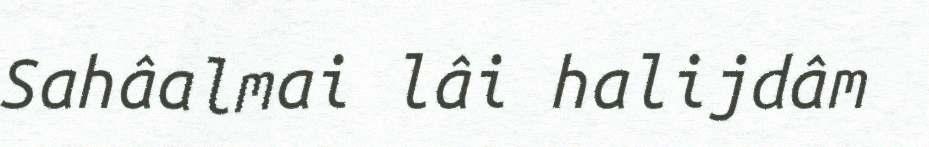
Sahâalmai lâi halijdâm